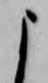
よ